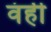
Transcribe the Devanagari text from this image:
वंही